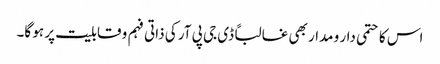
اس کا حتمی دار و مدار بھی غالباً ڈی جی پی آر کی ذاتی فہم و قابلیت پر ہو گا۔